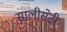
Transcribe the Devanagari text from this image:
सालीसेटी